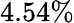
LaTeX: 4.54\%